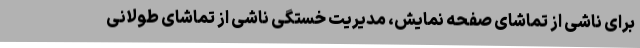
برای ناشی از تماشای صفحه نمایش، مدیریت خستگی ناشی از تماشای طولانی